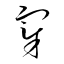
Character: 宰